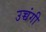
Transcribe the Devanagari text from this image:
उच्चंगी